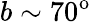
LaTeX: b\sim 70^{\mathrm{o}}